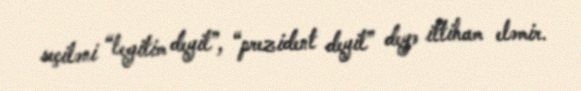
seçiləni “legitim deyil”, “prezident deyil” deyə ittiham eləmir.